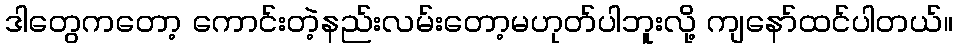
ဒါတွေကတော့ ကောင်းတဲ့နည်းလမ်းတော့မဟုတ်ပါဘူးလို့ ကျနော်ထင်ပါတယ်။